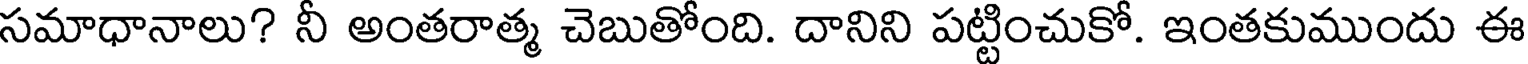
సమాధానాలు? నీ అంతరాత్మ చెబుతోంది. దానిని పట్టించుకో. ఇంతకుముందు ఈ